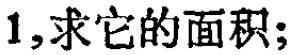
1,求它的面积;